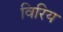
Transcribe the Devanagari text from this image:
विरिय